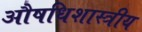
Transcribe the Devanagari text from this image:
औषधिशास्त्रीय